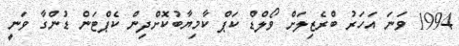
1994 ވަނަ އަހަރު ބްރެޒިލަށް ވޯލްޑް ކަޕް ކާމިޔާބުކޮށްދިން ކެޕްޓަން ޑުންގާ ވަނީ